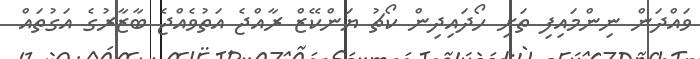
ވައްދަން ނިންމައިފި ތަށި ހޯދައިދިން ކޯޗު ޔަންކޭޒް ރާއްޖެ އަތުވެއްޖެ ބާޒާރުގެ އަގުތައް